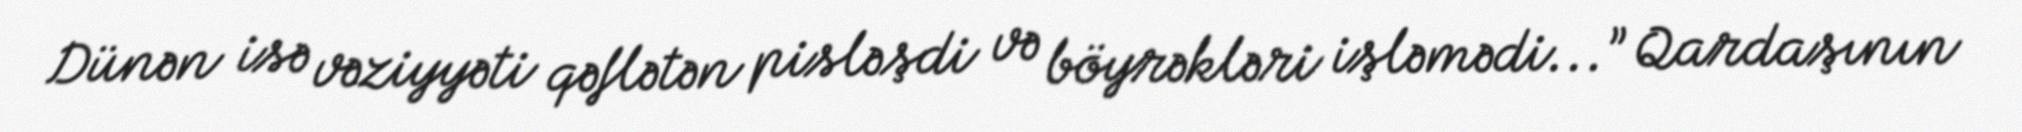
Dünən isə vəziyyəti qəflətən pisləşdi və böyrəkləri işləmədi...” Qardaşının